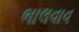
ભાલવાવ